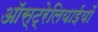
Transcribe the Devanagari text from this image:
ऑस्ट्रेलियाईयों